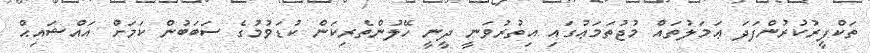
ތަކްފީރުކުރުންފަދަ ޢަމަލުތައް މުޖުތަމަޢުގައި އިތުރުވަނީ ދީނީ ހޭލުންތެރިކަން ކުޑަވުމުގެ ސަބަބުން ކަމަށް އައްޝައިޙް